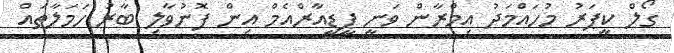
ގޯލް ކީޕަރު މުހައްމަދު އިމްރާން ވަނީ ޕީޑީއާރްއެމް އިން ފޮނުވާލި ބާރު ހަމަލާތައް